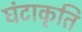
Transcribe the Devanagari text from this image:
घंटाकृति